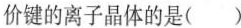
价键的离子晶体的是( )